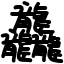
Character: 龘